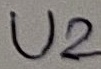
Text: U2